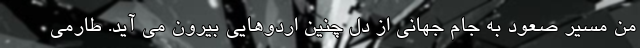
من مسیر صعود به جام جهانی از دل چنین اردوهایی بیرون می آید. طارمی